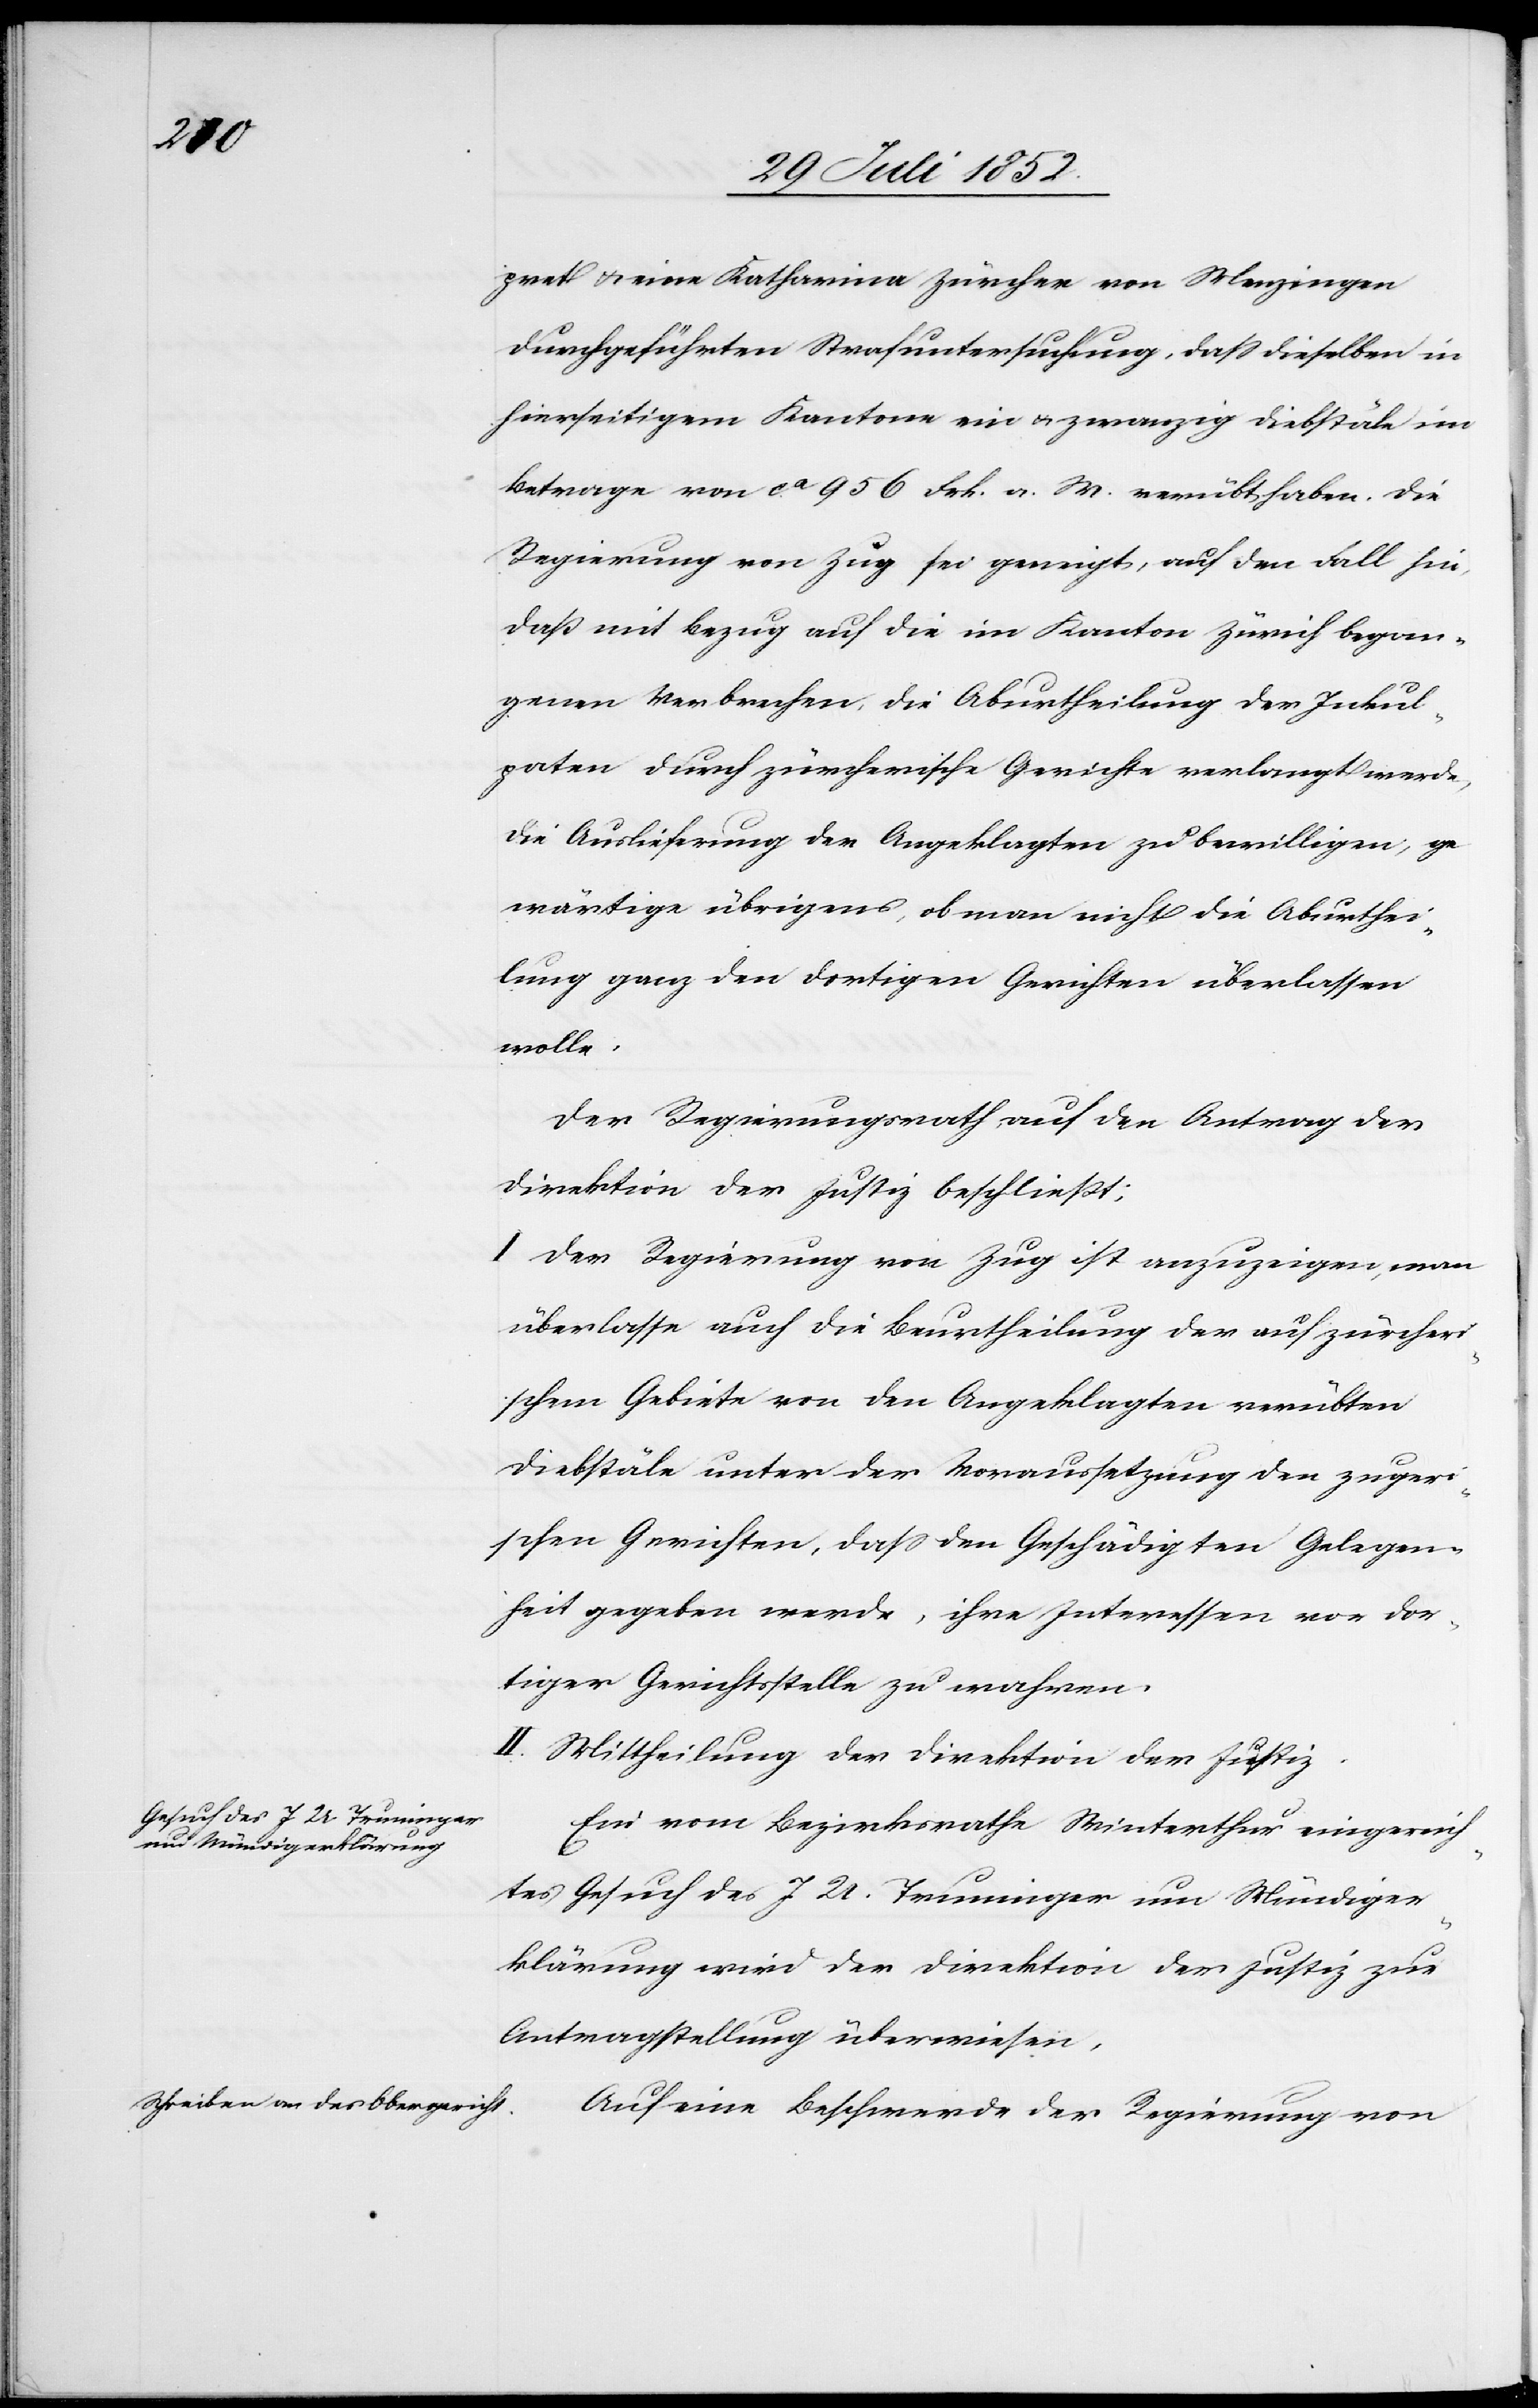
pret & eine Katharina Zürcher von Menzingen
durchgeführten Strafuntersuchung, dass dieselben in
hierseitigem Kantone ein & zwanzig Diebstäle im
Betrage von ca. 956 Frk. a. W. verübt haben. Die
Regierung von Zug sei geneigt, auf den Fall hin,
daß mit Bezug auf die im Kanton Zürich began¬
genen Verbrechen, die Aburtheilung der Inkul¬
paten durch zürcherische Gerichte verlangt werde,
die Auslieferung der Angeklagten zu bewilligen, ge¬
wärtige übrigens, ob man nicht die Aburthei¬
lung ganz den dortigen Gerichten überlassen
wolle.
Der Regierungsrath, auf den Antrag der
Direktion der Justiz beschließt;
I Der Regierung von Zug ist anzuzeigen, man
überlasse auch die Beurtheilung der auf zürcheri¬
schem Gebiete von den Angeklagten verübten
Diebstäle unter der Voraussetzung den zugeri¬
schen Gerichten, dass den Geschädigten Gelegen¬
heit gegeben werde, ihre Interessen vor dor¬
tiger Gerichtsstelle zu wahren.
II. Mittheilung der Direktion der Justiz.
Ein vom Bezirksrathe Winterthur eingereich¬
tes Gesuch des J. U. Trunninger um Mündiger¬
klärung wird der Direktion der Justiz zur
Antragstellung überwiesen.
Auf eine Beschwerde der Regierung von